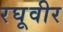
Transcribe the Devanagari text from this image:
रघूवीर